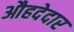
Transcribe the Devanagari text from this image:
औहदेदार